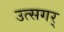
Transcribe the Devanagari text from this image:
उत्सगर्